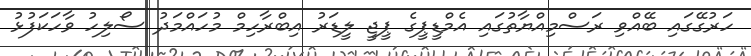
ހަރުގޭގައި ބޭއްވި ރަސްމިއްޔާތުގައި އެމްޑީޕީގެ ޕީޖީ ލީޑަރު އިބްރާހިމް މުހައްމަދު ސޯލިހު ވާހަކަފުޅު